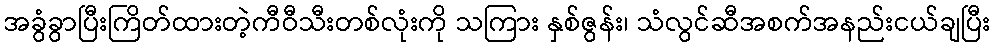
အခွံခွာပြီးကြိတ်ထားတဲ့ကီဝီသီးတစ်လုံးကို သကြား နှစ်ဇွန်း၊ သံလွင်ဆီအစက်အနည်းငယ်ချပြီး